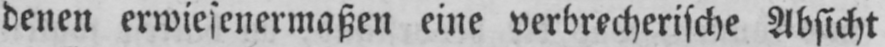
denen erwiesenermaßen eine verbrecherische Absicht